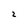
Character: 2